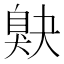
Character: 𦤕